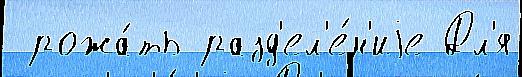
 рожа́ть разд'ел'е́н'иjе Дл'я